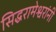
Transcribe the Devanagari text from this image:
सिद्धरामेश्वरांनी